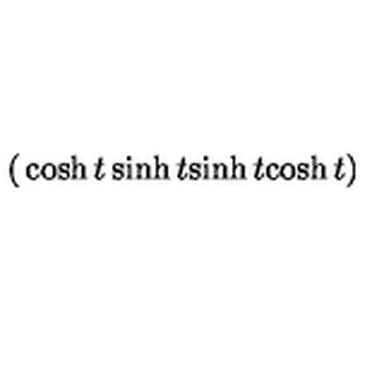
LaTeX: \left( \begin{matrix} { \cosh t } & { \sinh t } \\ { \sinh t } & { \cosh t } \\ \end{matrix} \right)